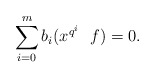
\begin{align*}\sum_{i=0}^m b_i ( x^{q^i} \ \ f)=0.\end{align*}